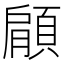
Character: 顅